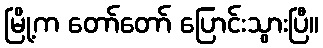
မြို့က တော်တော် ပြောင်းသွားပြီ။